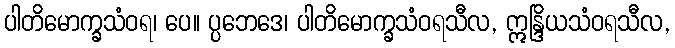
ပါတိမောက္ခသံဝရ၊ ပေ။ ပ္ပဘေဒေ၊ ပါတိမောက္ခသံဝရသီလ, ဣန္ဒြိယသံဝရသီလ,